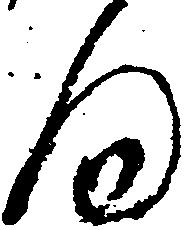
向